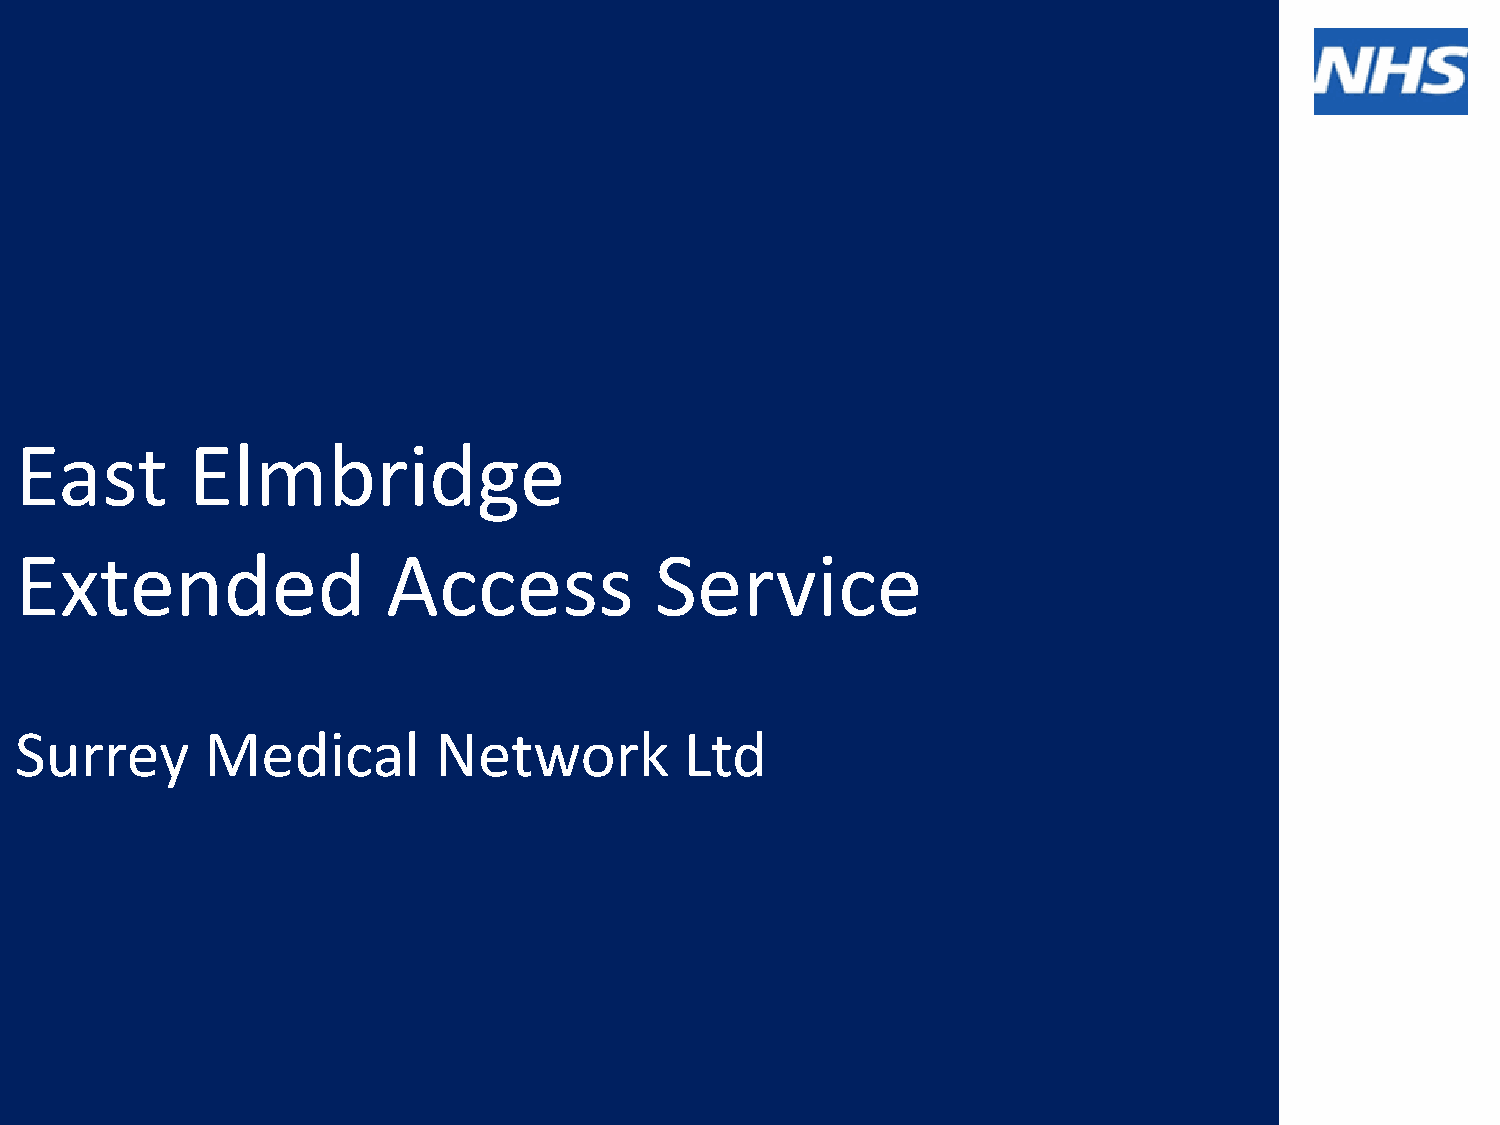
East       Elmbridge
 Extended                 Access           Service
 Surrey       Medical        Network         Ltd